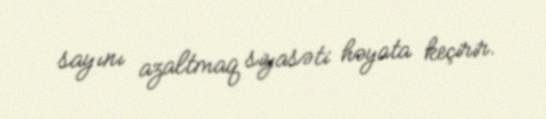
sayını azaltmaq siyasəti həyata keçirir.